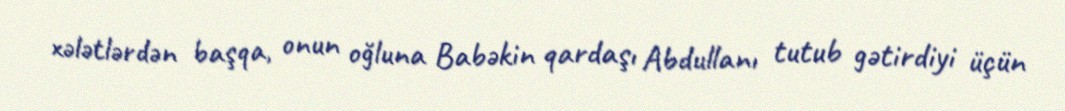
xələtlərdən başqa, onun oğluna Babəkin qardaşı Abdullanı tutub gətirdiyi üçün